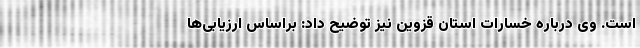
است. وی درباره خسارات استان قزوین نیز توضیح داد: براساس ارزیابی‌ها